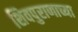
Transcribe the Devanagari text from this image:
शिवपुराणाच्या